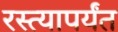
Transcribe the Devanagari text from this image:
रस्त्यापर्यंत